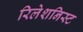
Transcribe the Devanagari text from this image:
रिलेशनिस्ट